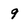
Character: 9